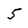
Character: 5